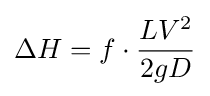
\Delta H=f\cdot {LV^{2} \over {2gD}}